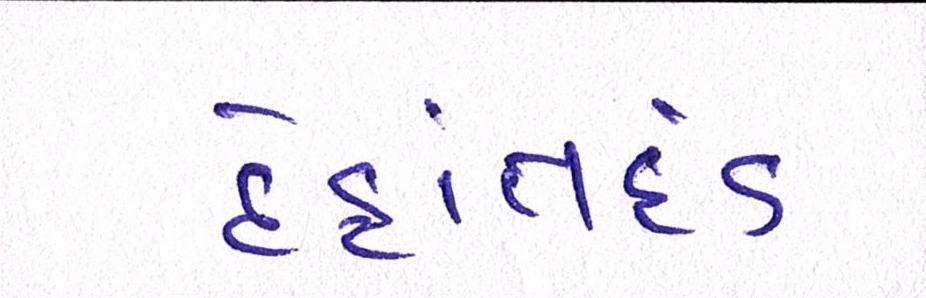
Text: દેહાંતદંડ